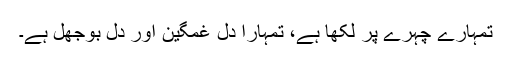
تمہارے چہرے پر لکھا ہے، تمہارا دل غمگین اور دل بوجھل ہے۔